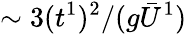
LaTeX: \sim 3(t^{1})^{2}/(g\bar{U}^{1})